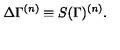
\Delta \Gamma ^ { ( n ) } \equiv S ( \Gamma ) ^ { ( n ) } .